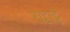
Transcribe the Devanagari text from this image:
राट्वाट्टे